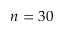
n = 3 0